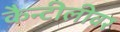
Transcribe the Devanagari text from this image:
कैन्टीलीवर